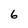
Character: 6